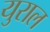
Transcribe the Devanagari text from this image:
युराल